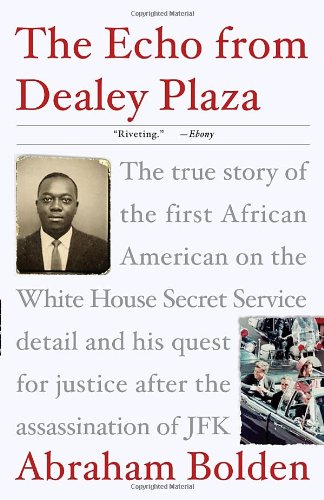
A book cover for The Echo from Dealey Plaza: The true story of the first African American on the White House Secret Service detail and his quest for justice after the assassination of JFK; Abraham Bolden; Biographies & Memoirs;